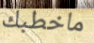
ماخطبك